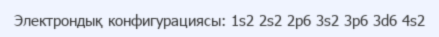
Электрондық конфигурациясы: 1s2 2s2 2p6 3s2 3p6 3d6 4s2